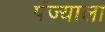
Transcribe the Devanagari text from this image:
पंज्याला